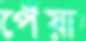
পেঁয়া